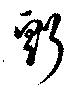
虧